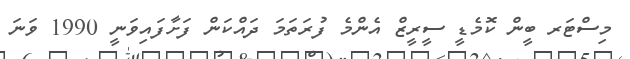
މިސްޓަރ ބީން ކޮމެޑީ ސީރީޒް އެންމެ ފުރަތަމަ ދައްކަން ފަށާފައިވަނީ 1990 ވަނަ